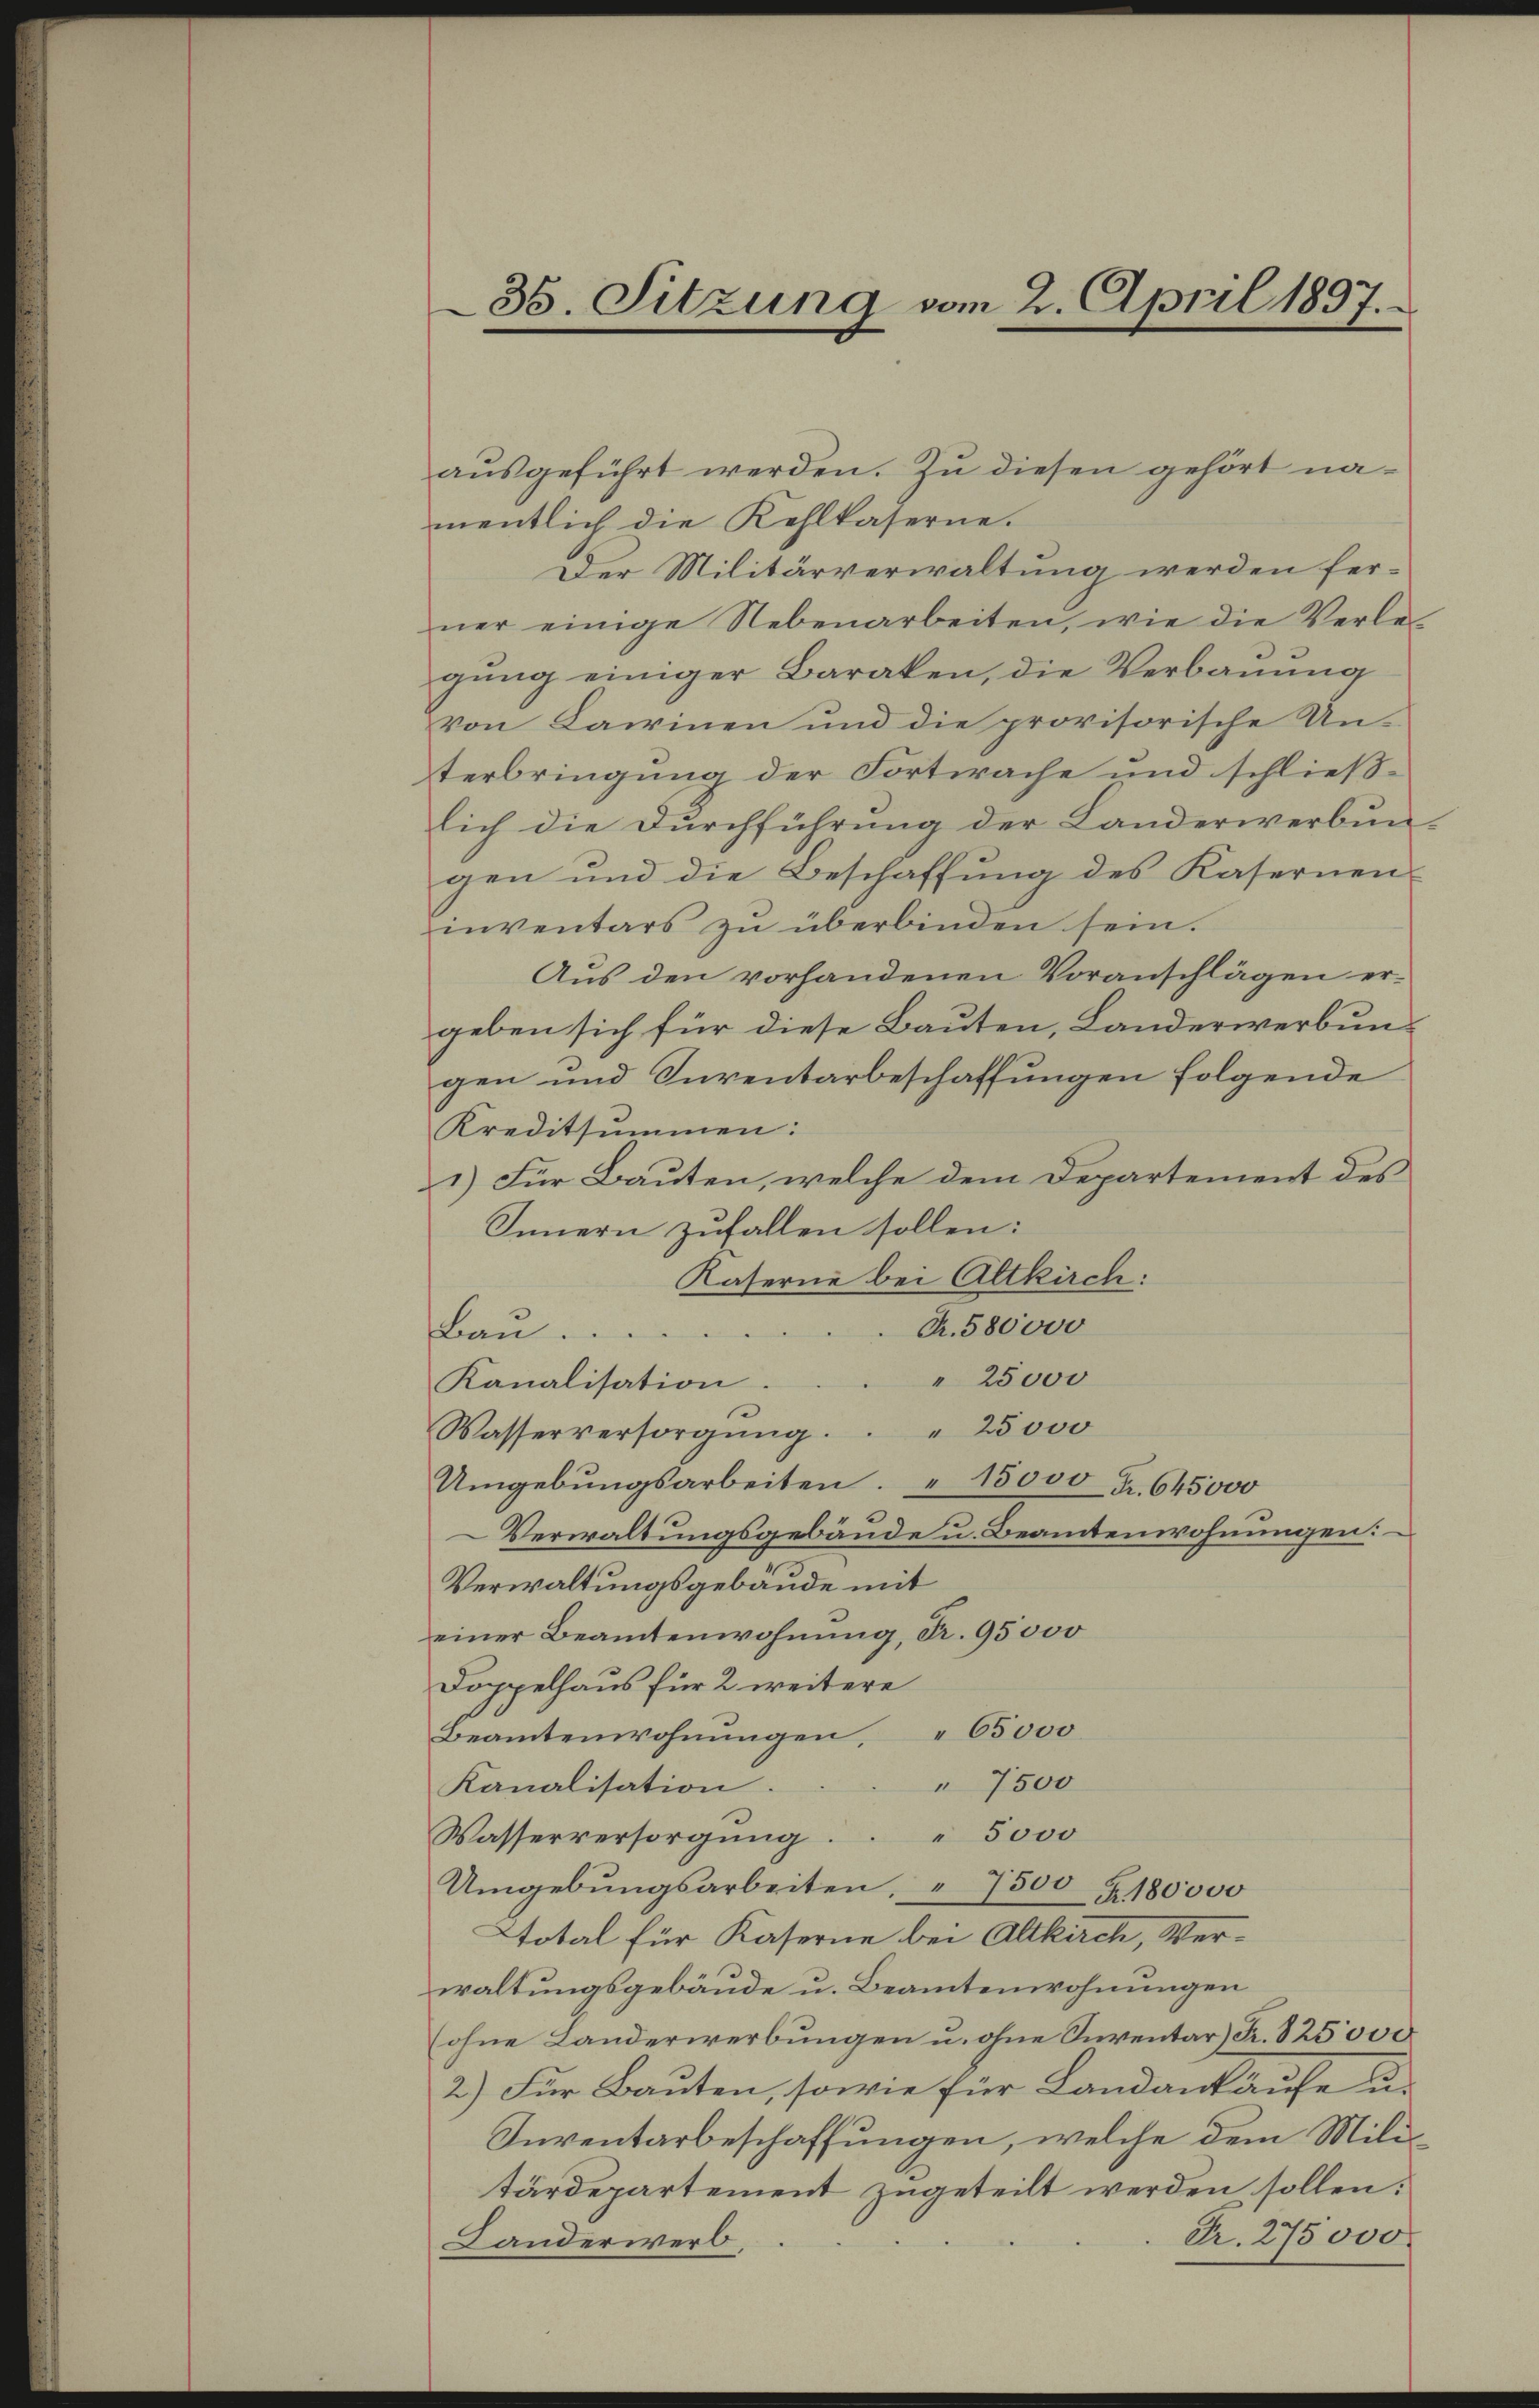
aŭsgeführt werden. Zu diesen gehört namentlich die Kehlkaserne.
Der Militärverwaltung werden ferner einige Nebenarbeiten, wie die Verlegung einiger Baraken, die Verbauung
von Kaminen und die provisorische Unterbringung der Fortwache und schließ-
lich die Durchführung der Landerwerbun-
gen und die Beschaffung des Kasernen
inventars zu überbinden sein.
Aus den vorhandenen Voranschlägen er-
geben sich für diese Bauten, Landerwerbungen und Inventarbeschaffungen folgende
Kreditsummen:
1) Für Bauten, welche dem Departement des
Innern zufallen sollen:
Kaserne bei Altkirch:
Fr. 580000
Bau ....
" 25000
Kanalisation
" 25000
Wasserversorgŭng.
Umgebŭngsarbeiten. " 15000 Fr. 645000
Verwaltungsgebäude u. Beamtenwohnungen:
Verwaltungsgebäude mit
einer Beamtenwohnung, Fr. 95000
Doppelhaus für 2 weitere
Beamtenwohnungen, " 65000
 7500
Kanalisation.
" 5000
Wasserversorgung.
Umgebungsarbeiten, " 7500 x 180000
Total für Kaserne bei Altkirch, Verwaltungsgebäude u. Beamtenwohnungen
(ohne Landerwerbungen u. ohne Inventar) Fr. 825000
2) Für Bauten, sowie für Landankäufe u.
Inventarbeschaffungen, welche dem Militärdepartement zugeteilt werden sollen:
Fr. 275000.
Landerwerb,

35. Sitzung vom 2. April 1897.